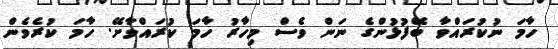
ހާމަ ނުކުރައްވާ ބޭފުޅުންގެ ނަން ވެސް މިހާރު ހާމަ ކުރައްވާށޭ. ހާމަ ކުރެވެން